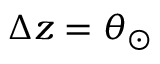
\Delta z = \theta _ { \odot }